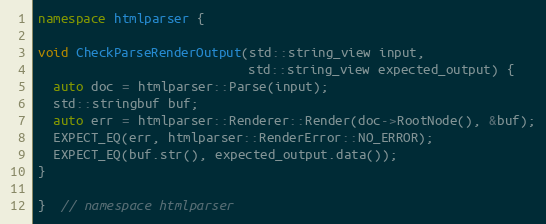
Language: C++
namespace htmlparser {

void CheckParseRenderOutput(std::string_view input,
                            std::string_view expected_output) {
  auto doc = htmlparser::Parse(input);
  std::stringbuf buf;
  auto err = htmlparser::Renderer::Render(doc->RootNode(), &buf);
  EXPECT_EQ(err, htmlparser::RenderError::NO_ERROR);
  EXPECT_EQ(buf.str(), expected_output.data());
}

}  // namespace htmlparser